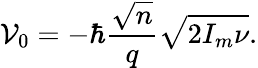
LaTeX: \mathcal{V}_{0}=-\hbar\frac{\sqrt{n}}{q}\sqrt{2I_{m}\nu}.